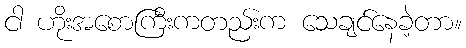
ငါ ဟိုးအစောကြီးကတည်းက သေချင်နေခဲ့တာ။